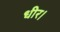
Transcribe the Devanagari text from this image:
धीर।